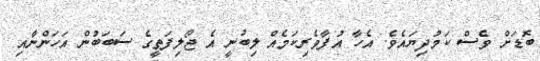
ބޮޑަށް ވެސް ކަމުދިޔައެވެ. އެހާ އުފާވެރިކަމެއް ލިބުނީ އެ ޖޯލިފަތީގެ ސަބަބުން އަހަންނާއި